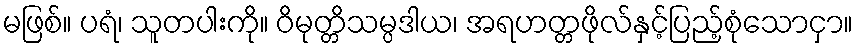
မဖြစ်။ ပရံ၊ သူတပါးကို။ ဝိမုတ္တိသမ္ပဒါယ၊ အရဟတ္တဖိုလ်နှင့်ပြည့်စုံသောငှာ။